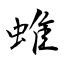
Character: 蜼